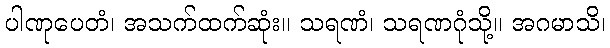
ပါဏုပေတံ၊ အသက်ထက်ဆုံး။ သရဏံ၊ သရဏဂုံသို့။ အဂမာသိ၊